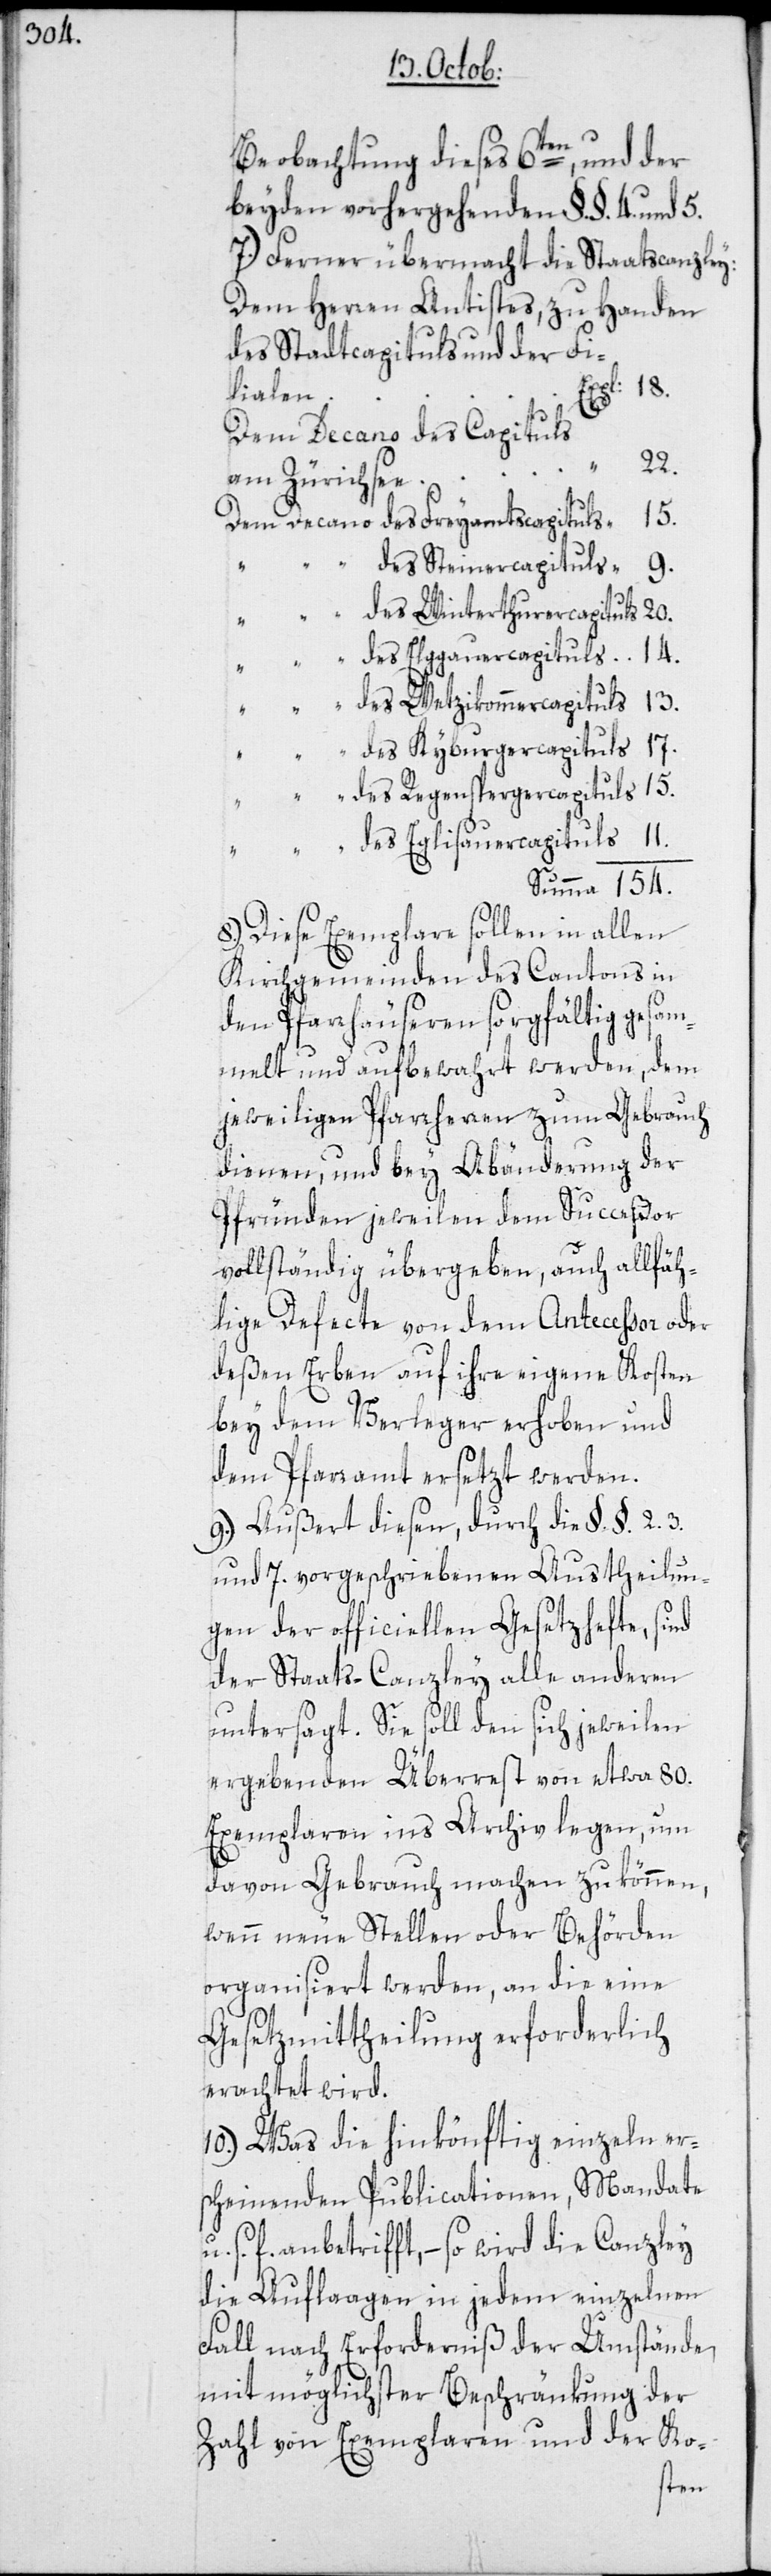
Beobachtung dieses 6ten, und der
beyden vorhergehenden §.§. 4 und 5.
7.) Ferner übermacht die Staatscanzley:
Dem Herren Antistes, zu Handen
des Stadtcapituls und der Fi¬
“
11.
lialen
20.
Dem Decano des Capituls
22.
am Zürichsee
154.
des Steinercapituls
9.
des Winterthurercapituls
des Elggauercapituls
des Wezikommercapituls
des Kyburgercapituls
des Regenspergercapituls
des Eglisauercapituls
8.) Diese Exemplare sollen in allen
Kirchgemeinden des Cantons in
den Pfarrhäuseren sorgfältig gesam¬
melt und aufbewahrt werden, dem
jeweiligen Pfarrherren zum Gebrauch
dienen, und bey Abänderung der
Pfründen jeweilen dem Succeßor
vollständig übergeben, auch allfäh¬
lige Defecte von dem Antecessor oder
deßen Erben auf ihre eigene Kosten
bey dem Verleger erhoben und
dem Pfarramt ersetzt werden.
9.) Außert diesen, durch die §.§. 2. 3.
und 7. vorgeschriebenen Austheilun¬
gen der officiellen Gesetzhefte, sind
der Staats-Canzley alle anderen
untersagt. Sie soll den sich jeweilen
ergebenden Überrest von etwa 80.
Exemplaren ins Archiv legen, um
davon Gebrauch machen zu können,
wenn neue Stellen oder Behörden
organisiert werden, an die eine
Gesetzmittheilung erforderlich
erachtet wird.
10.) Was die hinkönftig einzeln er¬
scheinenden Publicationen, Mandate
s. f anbetrifft, – so wird die Canzley
die Auflaagen in jedem einzelnen
Fall nach Erforderniß der Umstände,
mit möglichster Beschränkung der
Zahl von Exemplaren und der Ko-